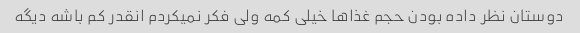
دوستان نظر داده بودن حجم غذاها خیلی کمه ولی فکر نمیکردم انقدر کم باشه دیگه